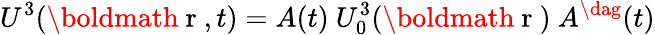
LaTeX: U^{3}(\mathrm{\boldmath~r~},t)=A(t)~U_{0}^{3}(\mathrm{\boldmath~r~})~A^{\dag}(t)